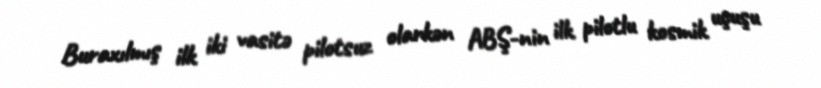
Buraxılmış ilk iki vasitə pilotsuz olarkən ABŞ-nin ilk pilotlu kosmik uçuşu